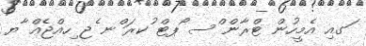
ަގއި އެމީހުން ޓްރާން ްސ ޯޕޓް ުކރަ ްނ ެޖ ިހއްޖެއް ާޔ